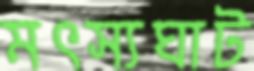
মৎস্যঘাট